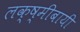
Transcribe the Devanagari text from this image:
लक्ष्मीबायी